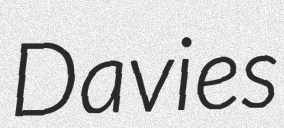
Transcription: Davies